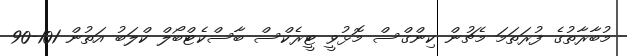
މުބާރާތުގެ ފުރަތަމަ މެޗުން ކިންގްސް މޮޅުވީ ޓީރެކްސް ބާސްކެޓްބޯލް ކްލަބު އަތުން 101-90